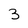
Character: 3